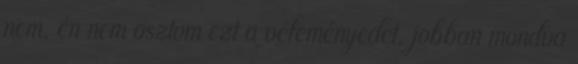
nem, én nem osztom ezt a véleményedet, jobban mondva